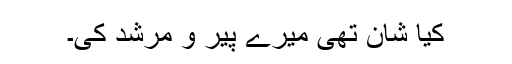
کیا شان تھی میرے پیر و مرشد کی۔